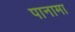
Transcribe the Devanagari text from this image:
पानामा